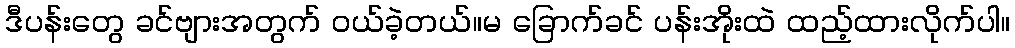
ဒီပန်းတွေ ခင်ဗျားအတွက် ဝယ်ခဲ့တယ်။မ ခြောက်ခင် ပန်းအိုးထဲ ထည့်ထားလိုက်ပါ။